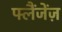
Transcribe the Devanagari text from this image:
फ्लैंजेंज़